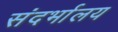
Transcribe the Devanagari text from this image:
संदर्भालय